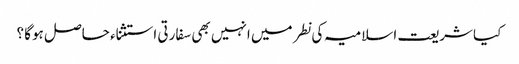
کیا شریعت اسلامیہ کی نطر میں انہیں بھی سفارتی استثناء حاصل ہوگا ؟